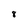
Character: 8